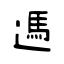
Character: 遤